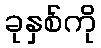
ခုနှစ်ကို